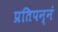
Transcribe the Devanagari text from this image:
प्रतिपन्नं